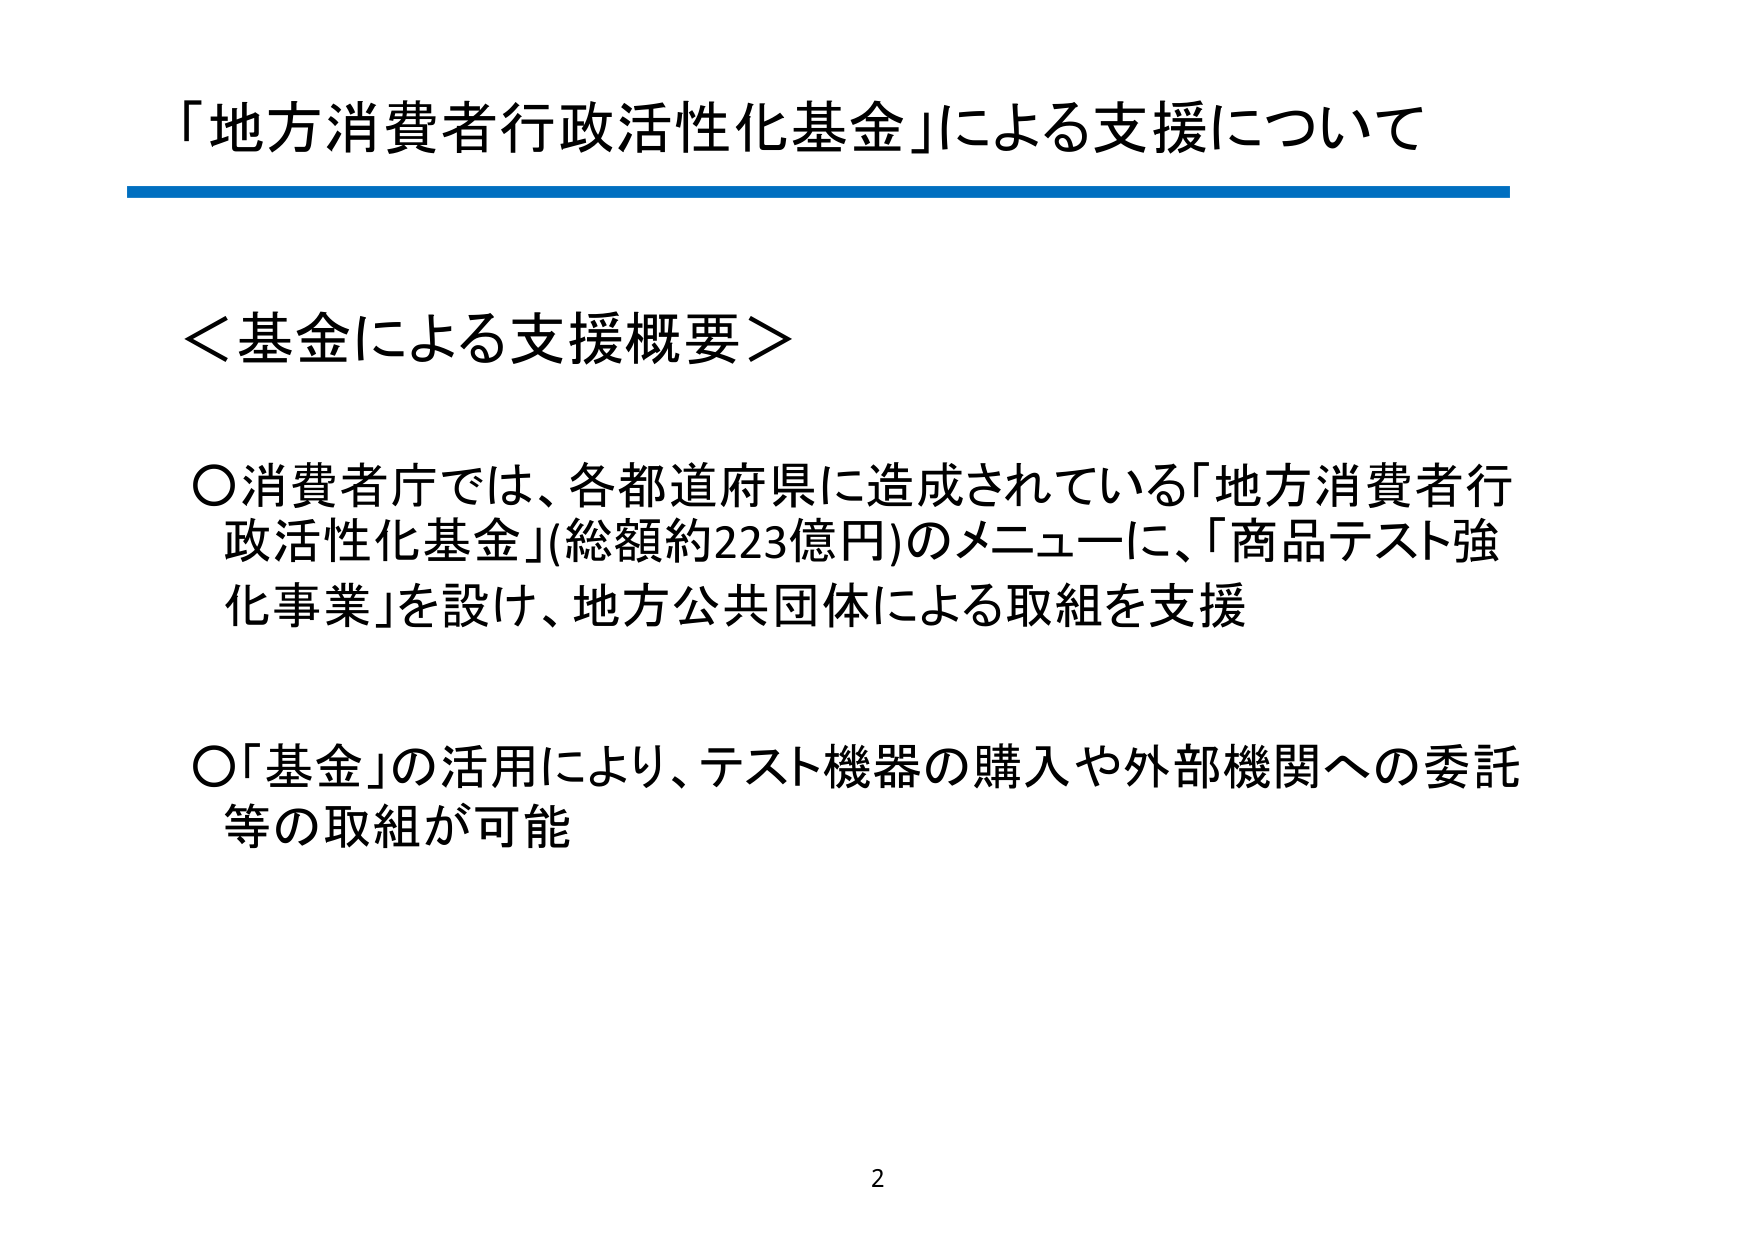
「地方消費者行政活性化基金」による支援について

＜基金による支援概要＞

〇消費者庁では、各都道府県に造成されている「地方消費者行政活性化基金」（総額約223億円）のメニューに、「商品テスト強化事業」を設け、地方公共団体による取組を支援

〇「基金」の活用により、テスト機器の購入や外部機関への委託等の取組が可能

2